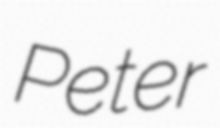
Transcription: Peter